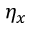
\eta _ { x }